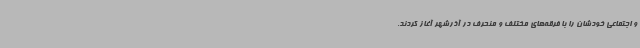
و اجتماعی خودشان را با فرقه‌های مختلف و منحرف در آذرشهر آغاز کردند.